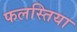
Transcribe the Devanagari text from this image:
फलस्तिया